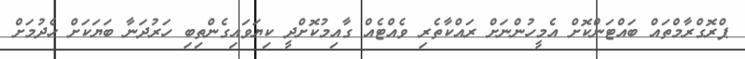
ޕްރޮގްރާމްތައް ބައްޓަންކޮށް އެމީހުންނަށް ރައްކާތެރި ވެއްޓެއް ގާއިމުކޮށްދީ ކިޔަވައިގެންތިބި ހަރުދަނާ ބަޔަކަށް ހެދުމަށް